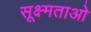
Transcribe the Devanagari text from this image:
सूक्ष्मताओ